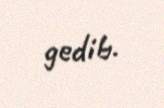
gedib.